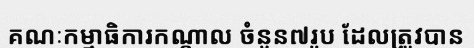
គណៈកម្មាធិការកណ្តាល ចំនួន៧រូប ដែលត្រូវបាន